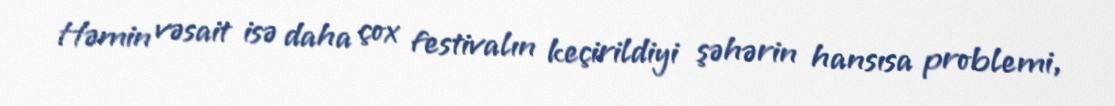
Həmin vəsait isə daha çox festivalın keçirildiyi şəhərin hansısa problemi,